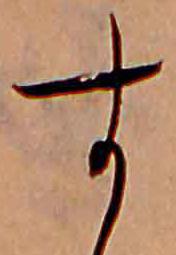
す